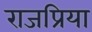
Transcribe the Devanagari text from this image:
राजप्रिया